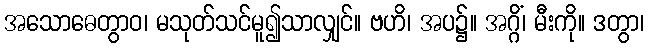
အသောဓေတွာဝ၊ မသုတ်သင်မူ၍သာလျှင်။ ဗဟိ၊ အပ၌။ အဂ္ဂိံ၊ မီးကို။ ဒတွာ၊